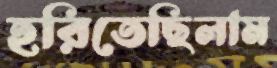
হরিতেছিলাম